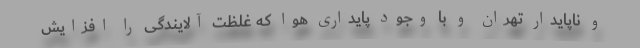
و ناپایدار تهران و با وجود پایداری هوا که غلظت آلایندگی را افزایش